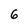
Character: 6